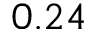
0 . 2 4